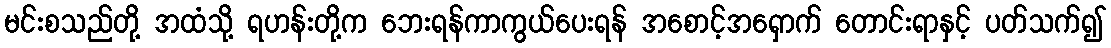
မင်းစသည်တို့ အထံသို့ ရဟန်းတို့က ဘေးရန်ကာကွယ်ပေးရန် အစောင့်အရှောက် တောင်းရာနှင့် ပတ်သက်၍